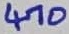
Text: 470